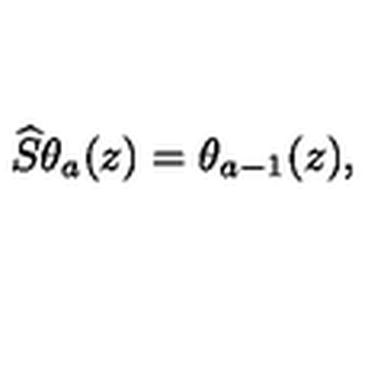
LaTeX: \widehat { S } \theta _ { a } ( z ) = \theta _ { a - 1 } ( z ) ,